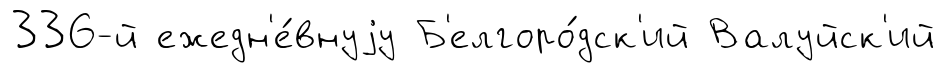
336-й ежедн'е́внуjу Б'елгоро́дск'ий Валуйск'ий